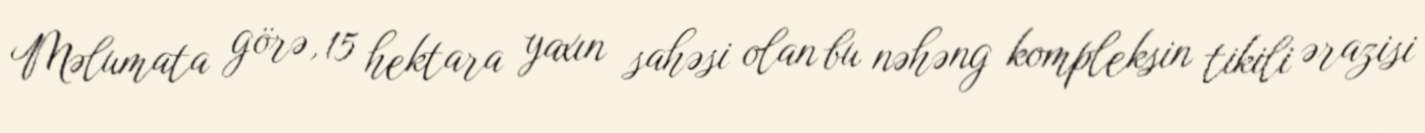
Məlumata görə, 15 hektara yaxın sahəsi olan bu nəhəng kompleksin tikili ərazisi